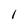
Character: l